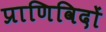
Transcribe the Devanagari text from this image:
प्राणिविदों